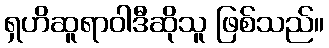
ရှဟိဆူရာဝါဒီဆိုသူ ဖြစ်သည်။